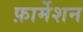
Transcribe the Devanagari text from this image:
फ़ार्मेशन